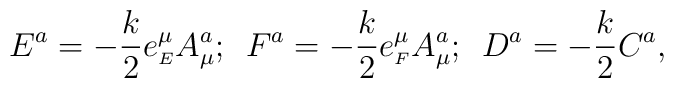
E^a=-\frac{k}{2}e^{\mu}_{\scriptscriptstyle E}A^a_{\mu};\hspace{2mm}F^a=-\frac{k}{2}e^{\mu}_{\scriptscriptstyle F}A^a_{\mu};\hspace{2mm}D^a= -\frac{k}{2}C^a,